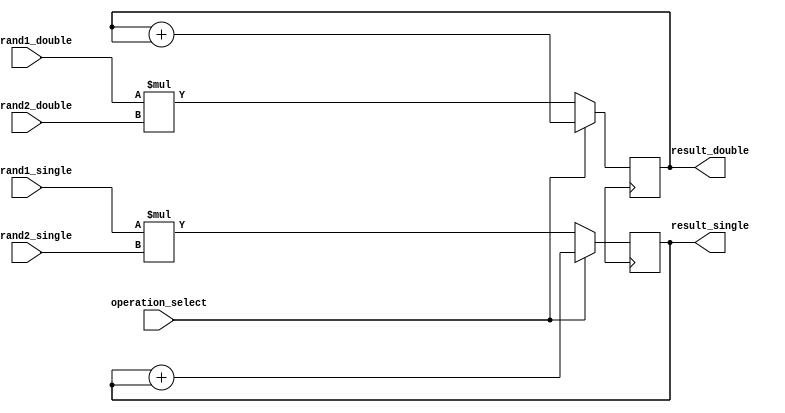
module fused_multiply_add_unit (
    input wire [31:0] operand1_single, // input port for single-precision floating point number
    input wire [31:0] operand2_single,
    input wire [31:0] operand1_double, // input port for double-precision floating point number
    input wire [31:0] operand2_double,
    input wire operation_select, // control signal for selecting operation (0: multiplication, 1: addition)
    output reg [31:0] result_single, // output port for single-precision floating point number
    output reg [31:0] result_double // output port for double-precision floating point number
);

reg [31:0] intermediate_result_single;
reg [31:0] intermediate_result_double;

always @ (posedge clk) begin
    if(operation_select == 0) begin // multiplication operation
        intermediate_result_single = operand1_single * operand2_single;
        intermediate_result_double = operand1_double * operand2_double;
    end else begin // addition operation
        intermediate_result_single = intermediate_result_single + intermediate_result_single;
        intermediate_result_double = intermediate_result_double + intermediate_result_double;
    end
end

assign result_single = intermediate_result_single;
assign result_double = intermediate_result_double;

endmodule